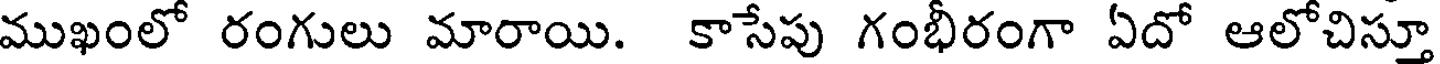
ముఖంలో రంగులు మారాయి. కాసేపు గంభీరంగా ఏదో ఆలోచిస్తూ